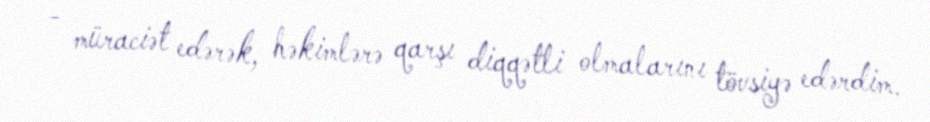
- müraciət edərək, həkimlərə qarşı diqqətli olmalarını tövsiyə edərdim.